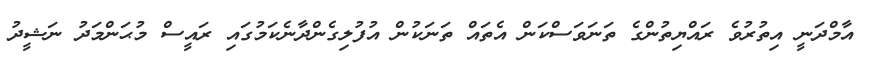
އާމްދަނީ އިތުރުވެ ރައްޔިތުންގެ ތަނަވަސްކަން އެތައް ތަނަކުން އުފުލިގެންދާނެކަމުގައި ރައީސް މުޙަންމަދު ނަޝީދު